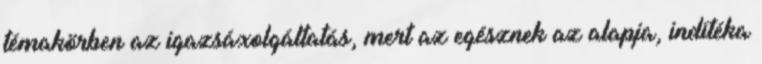
témakörben az igazsáxolgáltatás, mert az egésznek az alapja, indítéka